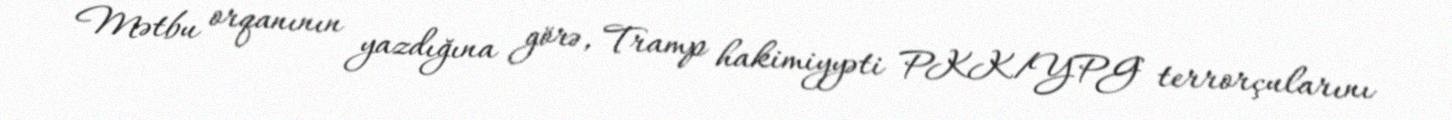
Mətbu orqanının yazdığına görə, Tramp hakimiyyəti PKK/YPG terrorçularını